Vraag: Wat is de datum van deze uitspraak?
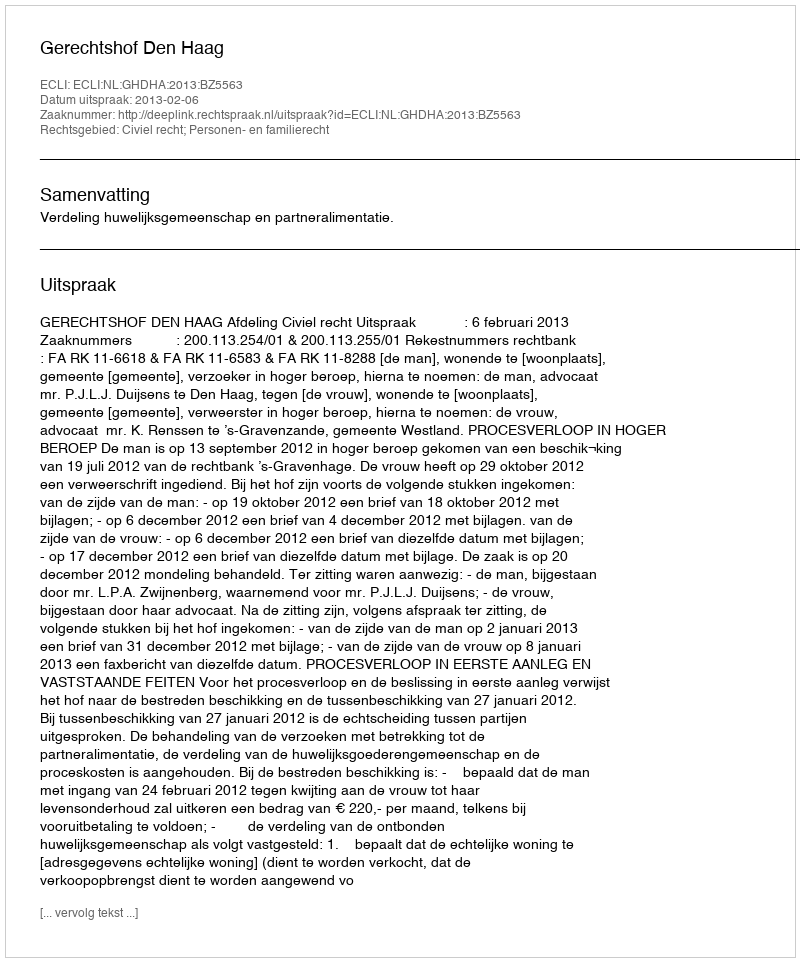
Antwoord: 2013-02-06